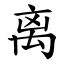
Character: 离